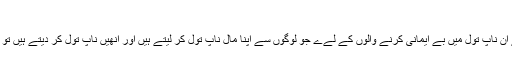
“
”ويل(تباہي) ہے ان ناپ تول ميں بے ايمانى کرنے والوں کے لےے جو لوگوں سے اپنا مال ناپ تول کر ليتے ہيں اور انھيں ناپ تول کر ديتے ہيں تو کم کرديتے ہيں۔